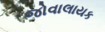
જોવાલાયક